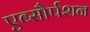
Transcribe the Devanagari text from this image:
एब्सौर्पशन